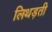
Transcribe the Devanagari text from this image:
लिथड़ती